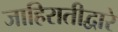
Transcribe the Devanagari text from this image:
जाहिरातीद्वारे